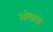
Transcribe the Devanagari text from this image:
ओरडलो